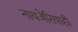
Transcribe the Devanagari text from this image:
नायजेरियाही